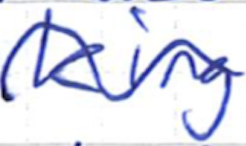
Text: king
Cross-out: wave
Writing tool: ballpoint